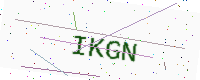
Text: IKGN